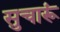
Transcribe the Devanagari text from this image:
सुचारूं